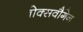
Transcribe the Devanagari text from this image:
वोक्सवौगेन